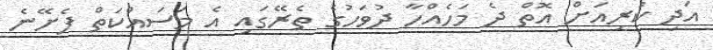
އަދި ކުރިއަށް އޮތް ދެ މަހެއްހާ ދުވަހުގެ ތެރޭގައި އެ މަސައްކަތް ފެށޭނެ